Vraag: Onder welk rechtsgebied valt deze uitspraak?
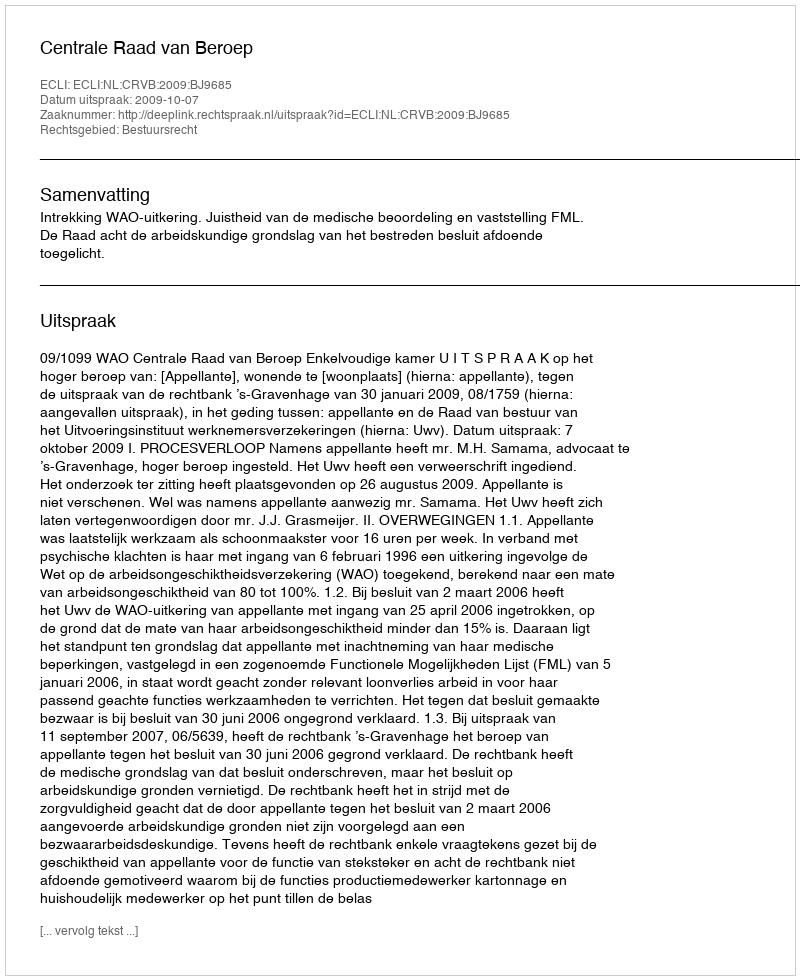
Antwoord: Bestuursrecht